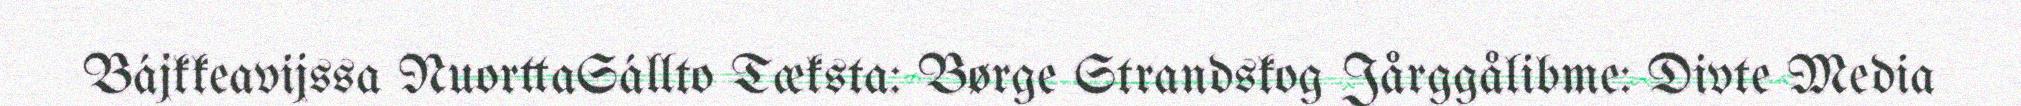
Bájkkeavijssa NuorttaSállto Tæksta: Børge Strandskog Jårggålibme: Divte Media